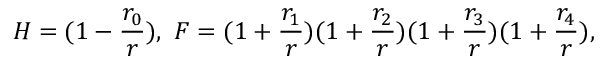
H = ( 1 - \frac { r _ { 0 } } { r } ) , \ F = ( 1 + \frac { r _ { 1 } } { r } ) ( 1 + \frac { r _ { 2 } } { r } ) ( 1 + \frac { r _ { 3 } } { r } ) ( 1 + \frac { r _ { 4 } } { r } ) ,